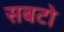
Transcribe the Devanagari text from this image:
सबटो